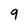
Character: 9